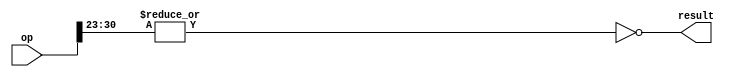
module fiszero (
    input wire [31:0] op,
    output wire result
);
    
assign result = ~|op[30:23];    

endmodule